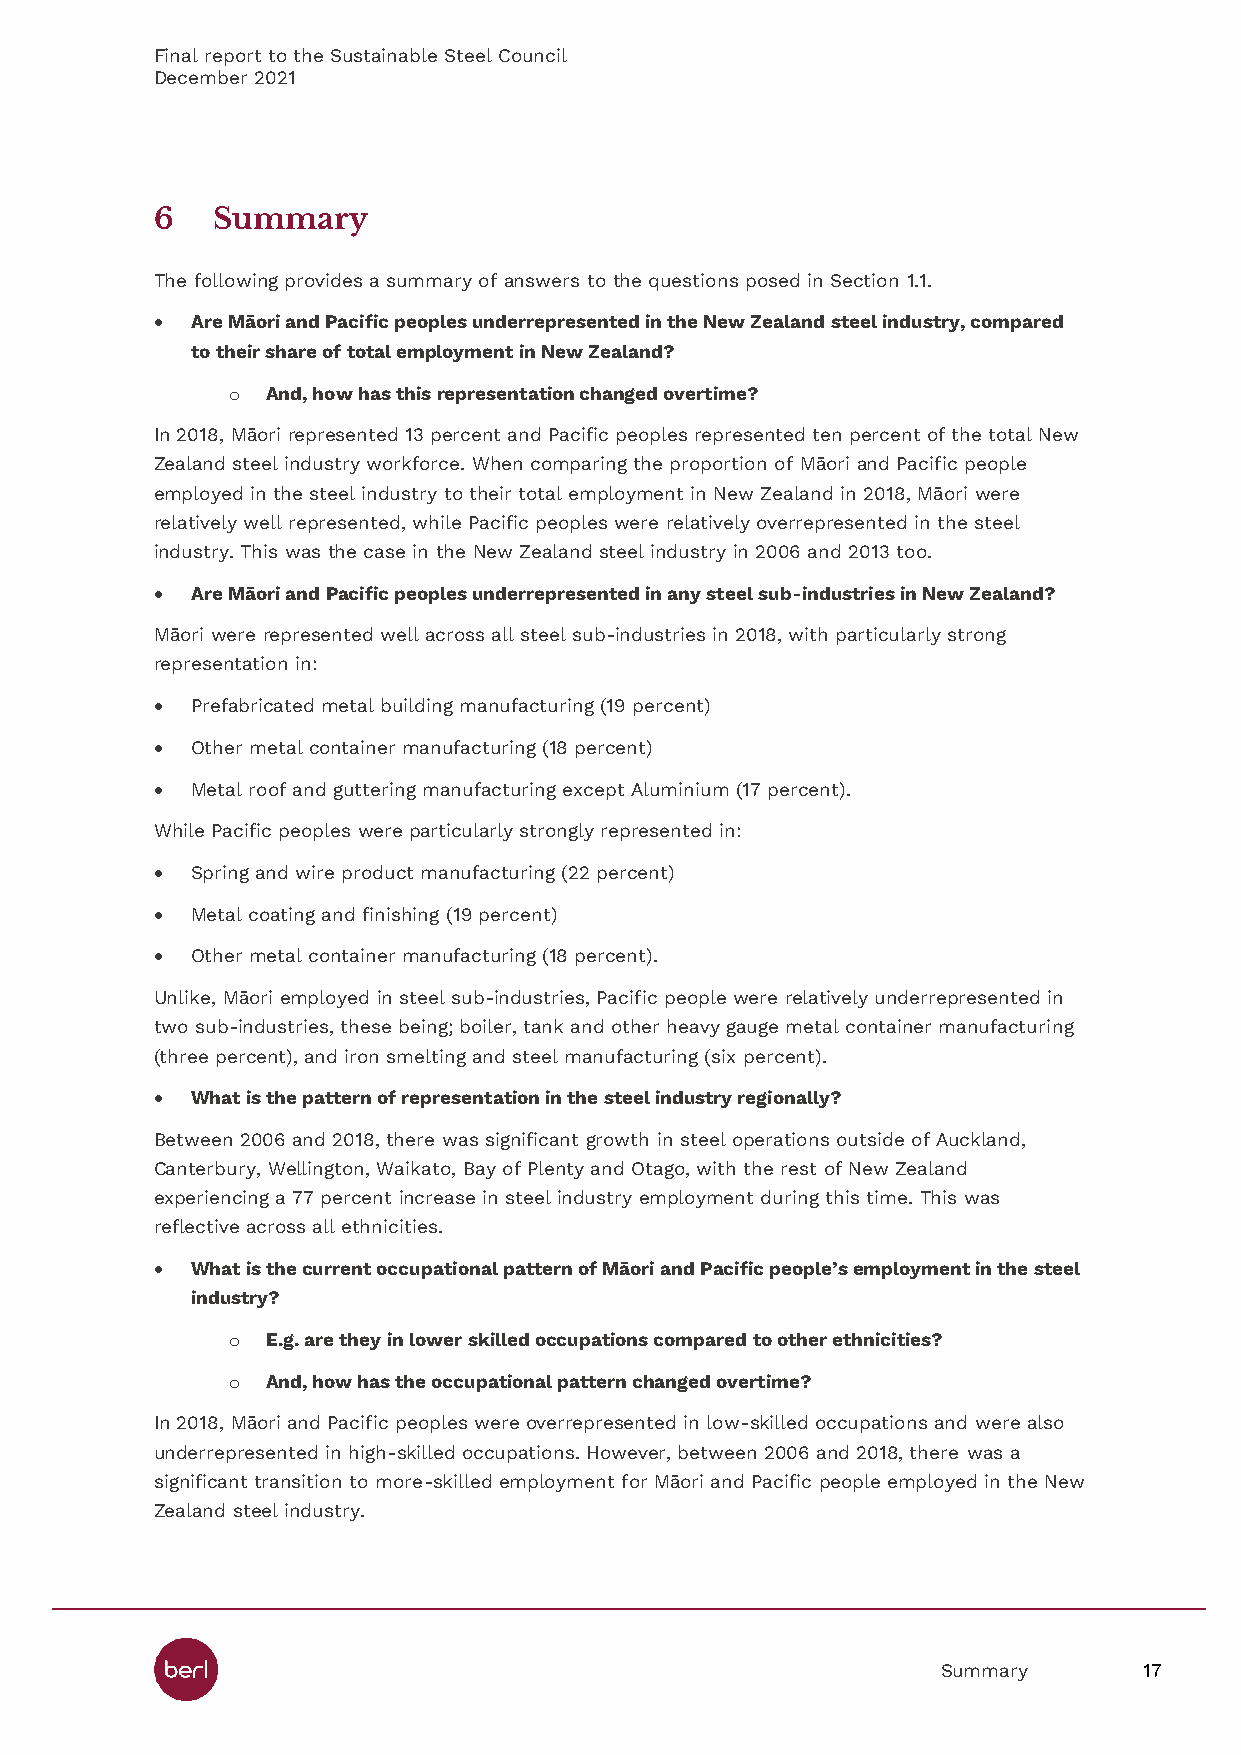
Final report to the Sustainable Steel Council
 December 2021
 6   Summary
 The following provides a summary of answers to the questions posed in Section 1.1.
   Are Māori and Pacific peoples underrepresented in the New Zealand steel industry, compared
 to their share of total employment in New Zealand?
 o  And, how has this representation changed overtime?
 In 2018, Māori represented 13 percent and Pacific peoples represented ten percent of the total New
 Zealand steel industry workforce. When comparing the proportion of Māori and Pacific people
 employed in the steel industry to their total employment in New Zealand in 2018, Māori were
 relatively well represented, while Pacific peoples were relatively overrepresented in the steel
 industry. This was the case in the New Zealand steel industry in 2006 and 2013 too.
   Are Māori and Pacific peoples underrepresented in any steel sub-industries in New Zealand?
 Māori were represented well across all steel sub-industries in 2018, with particularly strong
 representation in:
   Prefabricated metal building manufacturing (19 percent)
   Other metal container manufacturing (18 percent)
   Metal roof and guttering manufacturing except Aluminium (17 percent).
 While Pacific peoples were particularly strongly represented in:
   Spring and wire product manufacturing (22 percent)
   Metal coating and finishing (19 percent)
   Other metal container manufacturing (18 percent).
 Unlike, Māori employed in steel sub-industries, Pacific people were relatively underrepresented in
 two sub-industries, these being; boiler, tank and other heavy gauge metal container manufacturing
 (three percent), and iron smelting and steel manufacturing (six percent).
   What is the pattern of representation in the steel industry regionally?
 Between 2006 and 2018, there was significant growth in steel operations outside of Auckland,
 Canterbury, Wellington, Waikato, Bay of Plenty and Otago, with the rest of New Zealand
 experiencing a 77 percent increase in steel industry employment during this time. This was
 reflective across all ethnicities.
   What is the current occupational pattern of Māori and Pacific people’s employment in the steel
 industry?
 o  E.g. are they in lower skilled occupations compared to other ethnicities?
 o  And, how has the occupational pattern changed overtime?
 In 2018, Māori and Pacific peoples were overrepresented in low-skilled occupations and were also
 underrepresented in high-skilled occupations. However, between 2006 and 2018, there was a
 significant transition to more-skilled employment for Māori and Pacific people employed in the New
 Zealand steel industry.
 Summary       17